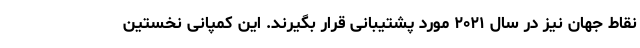
نقاط جهان نیز در سال ۲۰۲۱ مورد پشتیبانی قرار بگیرند. این کمپانی نخستین